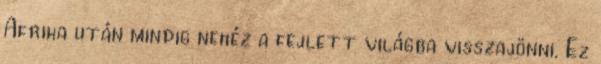
Afrika után mindig nehéz a fejlett világba visszajönni. Ez